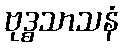
ဗုဒ္ဓသာသနံ